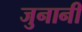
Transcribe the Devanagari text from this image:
जुनानी